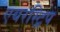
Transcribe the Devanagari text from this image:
एयरस्ट्रिप